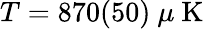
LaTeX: T=870(50)~\mu\mathrm{~K~}